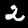
Digit: 2